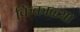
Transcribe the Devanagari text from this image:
किंकाळ्या